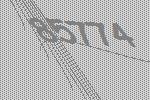
85774